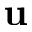
\textbf { u }